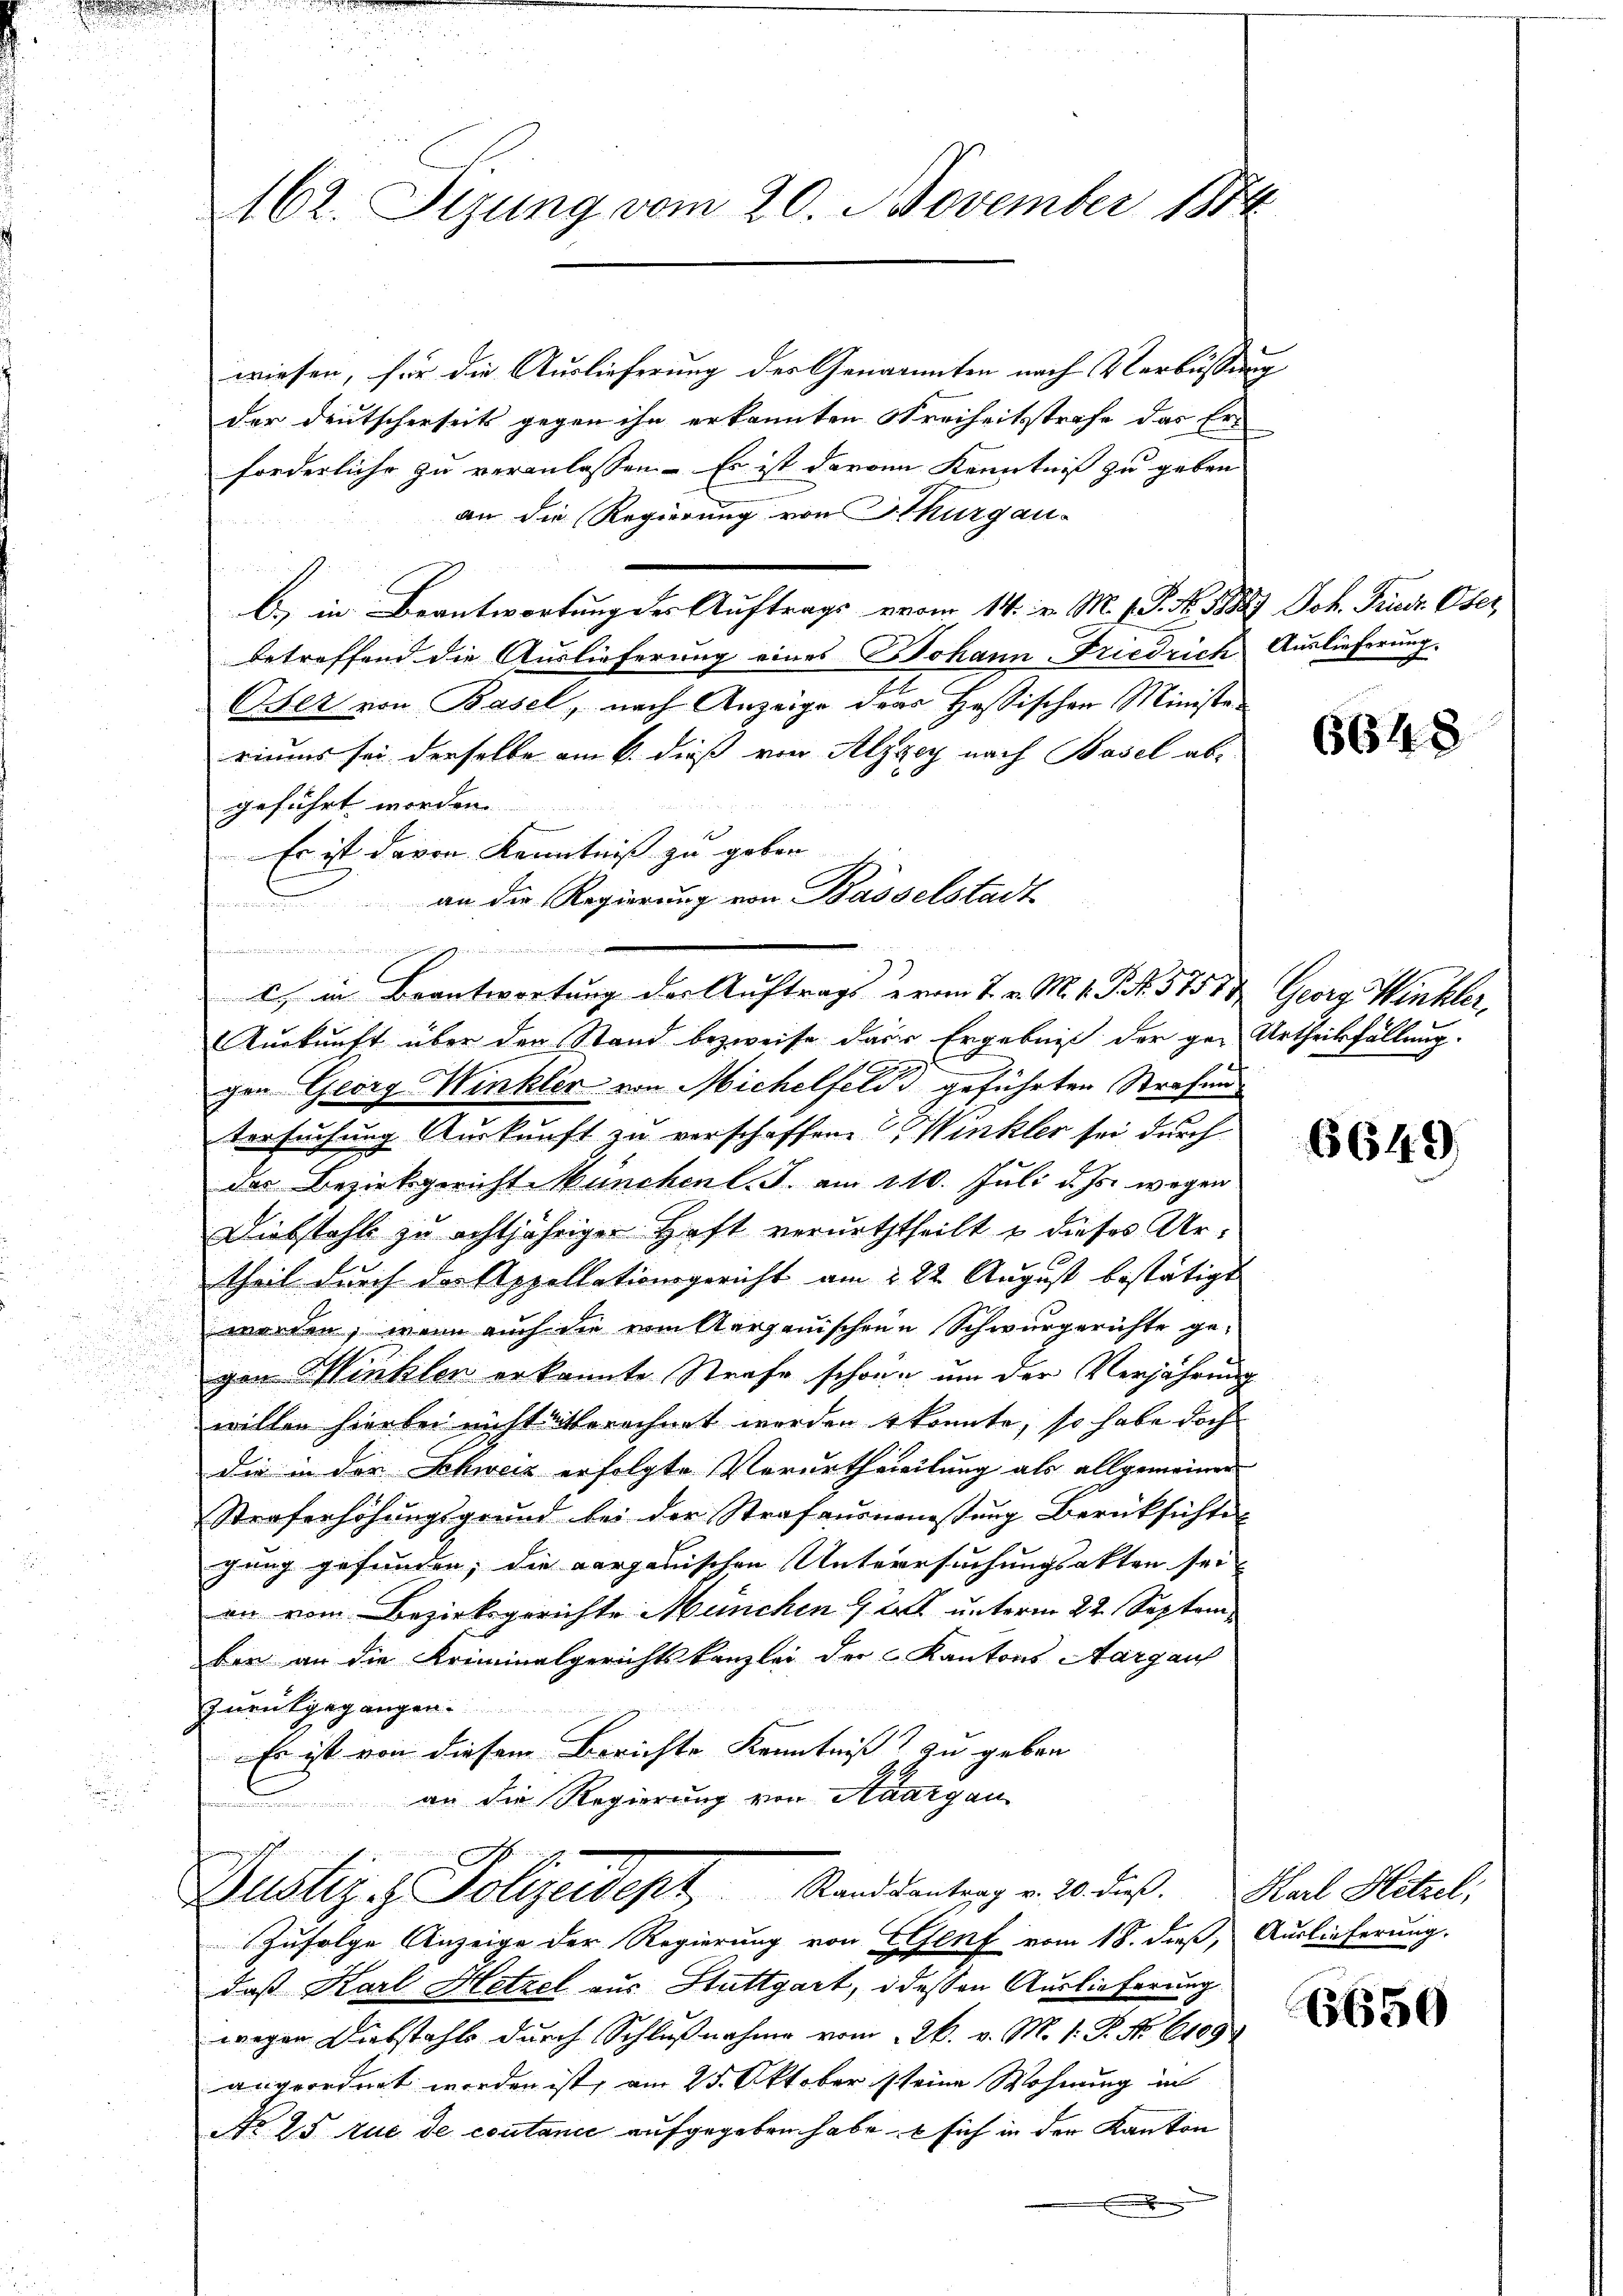
162. Sizung vom 20. November 1884.

wiesen, für die Auslieferung der Genannten nach Verbüssung
der deutscherseits gegen ihn erkannten Freiheitsstrafe das Er-
forderliche zu veranlassen. Es ist davon Kenntniß zu geben
an die Regierung von Thurgau-
be in Beantwortung der Auftrags vom 14. v. M. 18. No. 1888 Joh. Friedr. Oser,
betreffend die Auslieferung eines Johann Friedrich Auslieferung.
Oser von Basel, nach Anzeige das Hassischen Ministeriums sei derselbe am 6. dieß von Alzzey nach Basel abgeführt worden. |
Es ist davon Kenntniß zu geben
an die Regierung von Basselstadt
b

Auskunft über den Stand bezweife darin Ergebniß der ge- Urtheilsfällung.
gen Georg Winkler von Michelfeld geführten Strafen
tersuchung Auskunft zu verschaffene Winkler sei, durch
des Bezirksgericht München l. J. am 110. Juli d. Js. wegen
Diebstahls zu achtjähriger Haft verurththeilt u dieses Urtheil durch der Appellationsgericht am 222. August bestätigt
worden, wenn auch die vom Aargauischen Schwurgerichte ge-
gen Winklen erkannte Strafe schöne um der Verjährung
willen hierbei nicht überechnet worden konnte, so habe doch
die in der Schweiz erfolgte Vorurtheieilung als allgemeiner
Straferhöhungsgrund bei der Strafausmannstung Berücksichte
gung gefunden, die aargauischen Untersuchungsakten sei.
on vom Bezirksgerichte München 2 unterm 22. September an die Kriminalgerichtskanzlei der Kantons Aargau
zurukgegangen.
Es ist von diesem Berichte Kenntniß zu geben
an die Regierung von Staargau
l

) in Beantwortung der Auftrags vom 7. v. M. 1. S. 5758 u. Georg Winkler,

unrechen einen
Zustiz & Polizeidept. Standsantrag v. 20. dies. Paul Hitzel,

Zufolge Anzeige der Regierung von Genf vom 18. dieß,
daß Karl Hetzel aus Stuttgart, dessen Auslieferung
wegen Diebstahls durch Schlußnahme vom 26. v. M. 1: P. No 6109
angeordnet worden ist, am 25. Oktober seine Wohnung in
No 25 tue de contanić aufgegeben habe sich in der Kanton

6648

6649.

Auslieferung.

6650